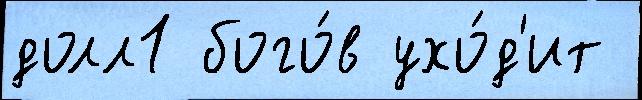
долл1 бого́в ухо́д'ит